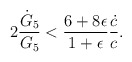
\begin{align*}2{\dot{G}_5\over G_5}<{{6+8\epsilon}\over{1+\epsilon}}{\dot{c}\over c}.\end{align*}